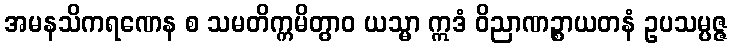
အမနသိကရဏေန စ သမတိက္ကမိတွာဝ ယသ္မာ ဣဒံ ဝိညာဏဉ္စာယတနံ ဥပသမ္ပဇ္ဇ